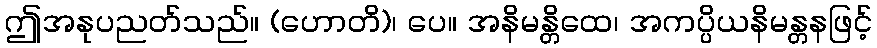
ဤအနုပညတ်သည်။ (ဟောတိ)၊ ပေ။ အနိမန္တိထေ၊ အကပ္ပိယနိမန္တနဖြင့်